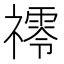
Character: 鿅